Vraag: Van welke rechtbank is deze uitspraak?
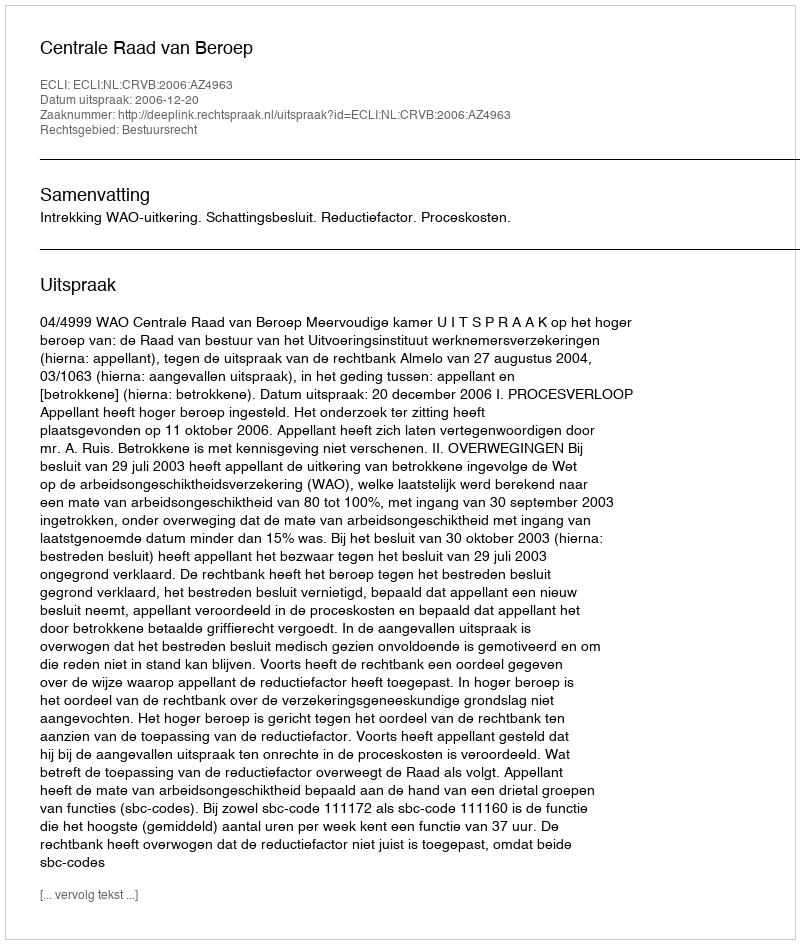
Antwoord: Centrale Raad van Beroep